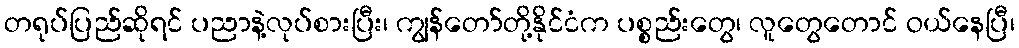
တရုပ်ပြည်ဆိုရင် ပညာနဲ့လုပ်စားပြီး၊ ကျွန်တော်တို့နိုင်ငံက ပစ္စည်းတွေ၊ လူတွေတောင် ဝယ်နေပြီ၊